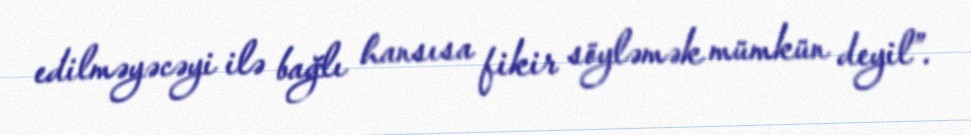
edilməyəcəyi ilə bağlı hansısa fikir söyləmək mümkün deyil”.